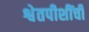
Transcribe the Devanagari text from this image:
श्वेतपीशींची